Report of the Lahore Medical School Hospital
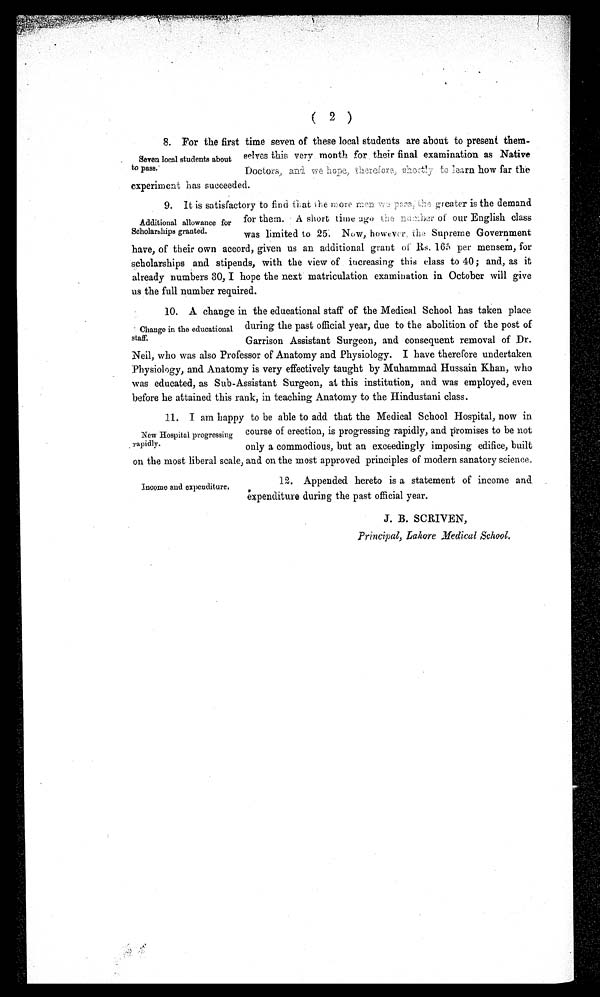
( 2)
8. For the first time seven of these local students are about to present them-
selves this very month for their final examination as Native
Doctors, and we hope, therefore, shortly to learn how far the
experiment has succeeded.
9. It is satisfactory to find that the more men we pass, the greater is the demand
for them. A short time ago the number of our English class
was limited to 25. Now, however, the Supreme Government
have, of their own accord, given us an additional grant of Rs. 165 per mensem, for
scholarships and stipends, with the view of increasing this class to 40; and, as it
already numbers 30, I hope the next matriculation examination in October will give
us the full number required.
10. A change in the educational staff of the Medical School has taken place
during the past official year, due to the abolition of the post of
Garrison Assistant Surgeon, and consequent removal of Dr.
Neil, who was also Professor of Anatomy and Physiology. I have therefore undertaken
Physiology, and Anatomy is very effectively taught by Muhammad Hussain Khan, who
was educated, as Sub-Assistant Surgeon, at this institution, and was employed, even
before he attained this rank, in teaching Anatomy to the Hindustani class.
11. I am happy to be able to add that the Medical School Hospital, now in
course of erection, is progressing rapidly, and promises to be not
only a commodious, but an exceedingly imposing edifice, built
on the most liberal scale, and on the most approved principles of modern sanatory science.
Seven local students about
to pass.
Additional allowance for
Scholarships granted.
Change in the educational
staff.
New Hospital progressing
rapidly.
Income and expenditure.
12. Appended hereto is a statement of income and
expenditure during the past official year.
J. B. SCRIVEN,
Principal, Lahore Medical School.